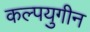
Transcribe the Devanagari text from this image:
कल्पयुगीन